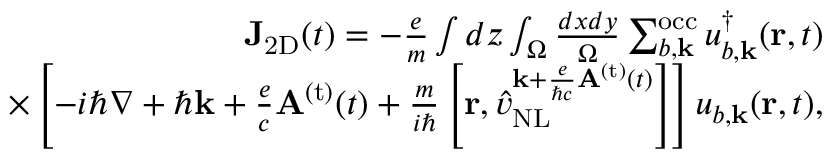
\begin{array} { r } { { \bf J } _ { \mathrm { 2 D } } ( t ) = - \frac { e } { m } \int d z \int _ { \Omega } \frac { d x d y } { \Omega } \sum _ { b , { \bf k } } ^ { \mathrm { o c c } } u _ { b , { \bf k } } ^ { \dagger } ( { \bf r } , t ) } \\ { \times \left[ - i \hbar \nabla + \hbar { \bf k } + \frac { e } { c } { \bf A } ^ { \mathrm { ( t ) } } ( t ) + \frac { m } { i \hbar } \left[ { \bf r } , \hat { v } _ { \mathrm { N L } } ^ { { { \bf k } + \frac { e } { \hbar c } { \bf A } ^ { \mathrm { ( t ) } } ( t ) } } \right] \right] u _ { b , { \bf k } } ( { \bf r } , t ) , } \end{array}